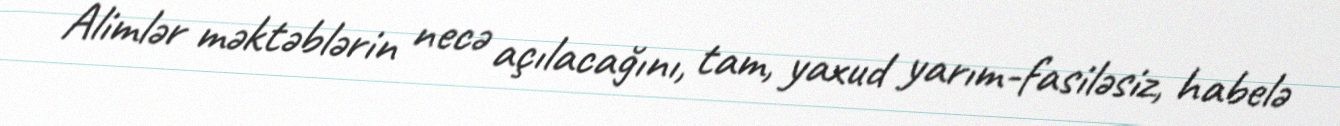
Alimlər məktəblərin necə açılacağını, tam, yaxud yarım-fasiləsiz, habelə